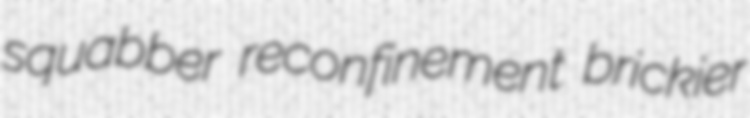
squabber reconfinement brickier